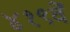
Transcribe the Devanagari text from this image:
४१९वें